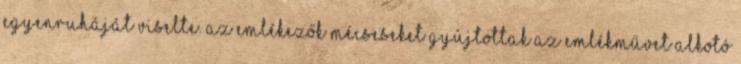
egyenruháját viselte. Az emlékezők mécseseket gyújtottak az emlékművet alkotó